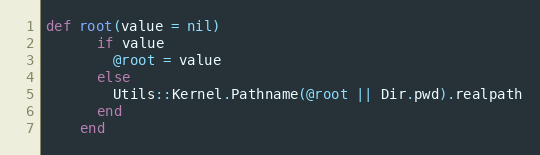
Language: Ruby
def root(value = nil)
      if value
        @root = value
      else
        Utils::Kernel.Pathname(@root || Dir.pwd).realpath
      end
    end